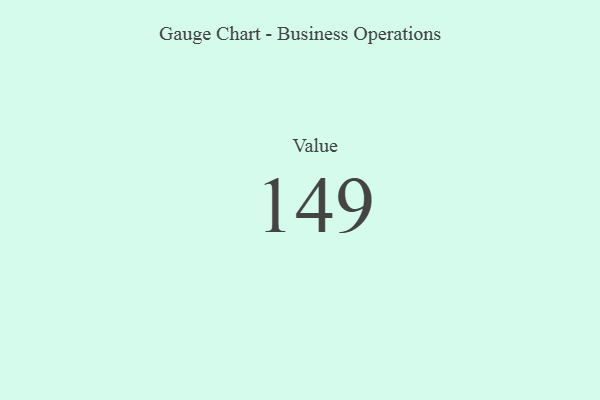
{"axis": {"x": "Metric", "y": "Value"}, "legend": [""], "data": [{"x": "Value", "y": 149, "type": ""}]}